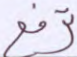
ترفع